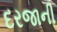
દરજાની